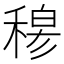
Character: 𥠇